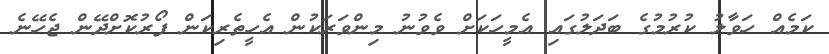
ކަމެއް ހަވާލު ކުރުމުގެ ބަދަލުގައި އެމީހަކަށް ވެވުނު މިންވަރަކުން އެހީތެރިކަން ފޯރުކޮށްދޭން ޖެހޭނެ